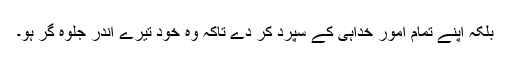
بلکہ اپنے تمام امور خداہی کے سپرد کر دے تاکہ وہ خود تیرے اندر جلوہ گر ہو۔